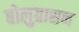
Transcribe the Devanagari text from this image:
बोलुग्रासन